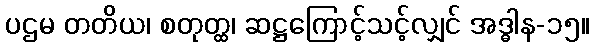
ပဌမ တတိယ၊ စတုတ္ထ၊ ဆဋ္ဌကြောင့်သင့်လျှင် အဒ္ဓါန-၁၅။